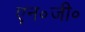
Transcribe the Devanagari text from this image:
एन॰जी॰